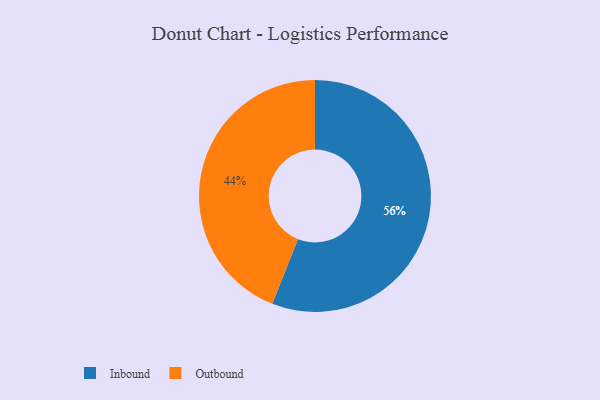
{"axis": {"x": "Category", "y": "Percentage"}, "legend": ["Inbound", "Outbound"], "data": [{"x": "Outbound", "y": 44, "type": "Outbound"}, {"x": "Inbound", "y": 56, "type": "Inbound"}]}